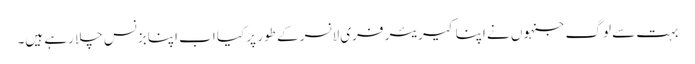
بہت سے لوگ جنہوں نے اپنا کیریئر فری لانسر کے طور پر کیا اب اپنا بزنس چلا رہے ہیں۔